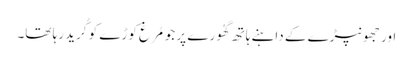
اور جھونپڑے کے داہنے ہاتھ گھُورے پر جو مُرغ کوڑے کو کُرید رہا تھا۔